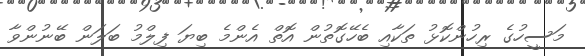
މަސީހުގެ ރިހުންކޮޅު ތަކާއި ބެހޭގޮތުން އޮތް އެންމެ ބިޔަ ފިލްމު ބަލަން ބޭނުންވާ